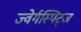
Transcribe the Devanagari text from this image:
ज्वेर्गस्पिट्ज